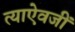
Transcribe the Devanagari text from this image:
त्याऐवजीं